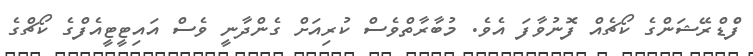
ފެްޑްރޭޝަންގެ ކޯޗެއް ފޮނުވާފަ އެވެ. މުބާރާތްވެސް ކުރިއަށް ގެންދާނީ ވެސް އައިޓީޓީއެފްގެ ކޯޗްގެ